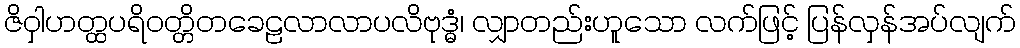
ဇိဝှါဟတ္ထပရိဝတ္တိတခေဠလာလာပလိဗုဒ္ဓံ၊ လျှာတည်းဟူသော လက်ဖြင့် ပြန်လှန်အပ်လျက်